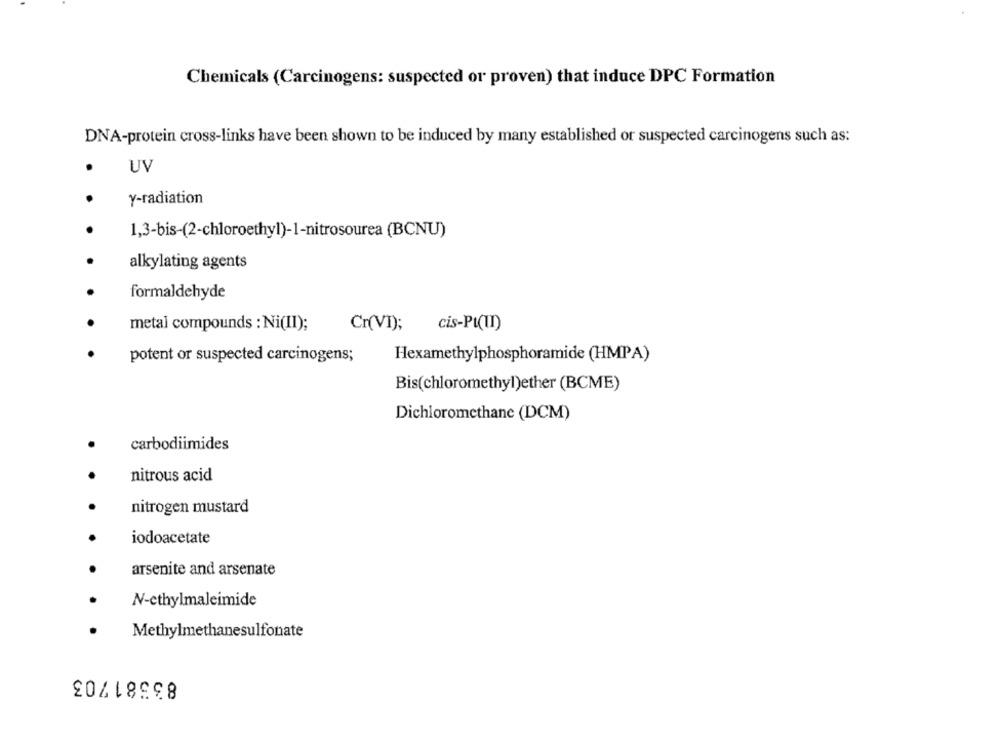
Chemicals (Carcinogens: suspected or proven) that induce DPC Formation
DNA-protein cross-links have been shown to be induced by many established or suspected carcinogens such as:
UV
y-radiation
1,3-bis-(2-chloroethyl)-1-nitrosourea (BCNU)
alkylating agents
formaldehyde
Cr(VI);
metal compounds : Ni(II);
cis-Pi(I)
potent or suspected carcinogens;
Hexamethylphosphoramide (HMPA)
Bis(chloromethyl)ether (BCME)
Dichloromethane (DCM)
carbodiimides
nitrous acid
nitrogen mustard
iodoacetate
arsenite and arsenate
N-ethylmaleimide
Methylmethanesulfonate
83581703